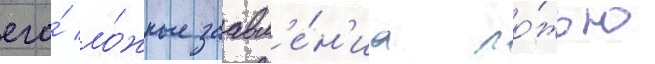
его́ ло́жные заавл'е́н'иа ло́жью